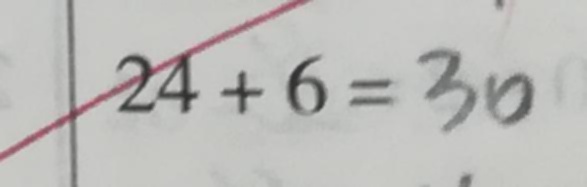
2 4 + 6 = 3 0